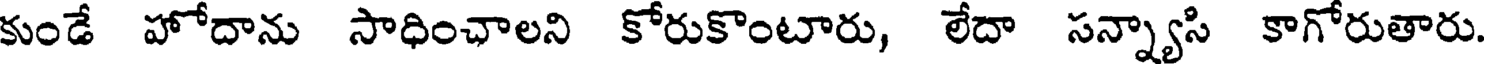
కుండే హోదాను సాధించాలని కోరుకొంటారు, లేదా సన్న్యాసి కాగోరుతారు.